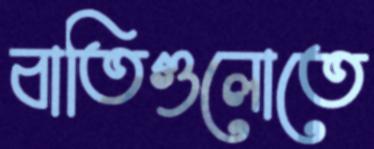
বাতিগুলোতে